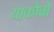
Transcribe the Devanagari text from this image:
याकोबो